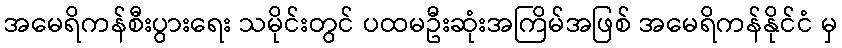
အမေရိကန်စီးပွားရေး သမိုင်းတွင် ပထမဦးဆုံးအကြိမ်အဖြစ် အမေရိကန်နိုင်ငံ မှ